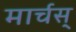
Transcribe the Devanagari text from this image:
मार्चस्